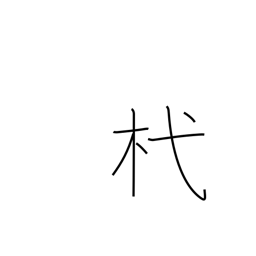
Meaning: stake